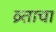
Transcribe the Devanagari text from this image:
व्र्ताचा